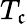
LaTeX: T_{\mathfrak{c}}